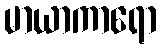
မာယာကာရော